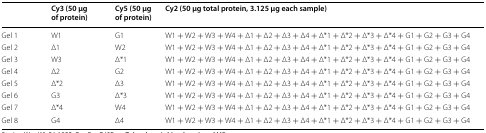
<table><thead><tr><td></td><td><b>Cy3 (50 μg of protein)</b></td><td><b>Cy5 (50 μg of protein)</b></td><td><b>Cy2 (50 μg total protein, 3.125 μg each sample)</b></td></tr></thead><tbody><tr><td>Gel 1</td><td>W1</td><td>G1</td><td>W1 + W2 + W3 + W4 + Δ1 + Δ2 + Δ3 + Δ4 + Δ*1 + Δ*2 + Δ*3 + Δ*4 + G1 + G2 + G3 + G4</td></tr><tr><td>Gel 2</td><td>Δ1</td><td>W2</td><td>W1 + W2 + W3 + W4 + Δ1 + Δ2 + Δ3 + Δ4 + Δ*1 + Δ*2 + Δ*3 + Δ*4 + G1 + G2 + G3 + G4</td></tr><tr><td>Gel 3</td><td>W3</td><td>Δ*1</td><td>W1 + W2 + W3 + W4 + Δ1 + Δ2 + Δ3 + Δ4 + Δ*1 + Δ*2 + Δ*3 + Δ*4 + G1 + G2 + G3 + G4</td></tr><tr><td>Gel 4</td><td>Δ2</td><td>G2</td><td>W1 + W2 + W3 + W4 + Δ1 + Δ2 + Δ3 + Δ4 + Δ*1 + Δ*2 + Δ*3 + Δ*4 + G1 + G2 + G3 + G4</td></tr><tr><td>Gel 5</td><td>Δ*2</td><td>Δ3</td><td>W1 + W2 + W3 + W4 + Δ1 + Δ2 + Δ3 + Δ4 + Δ*1 + Δ*2 + Δ*3 + Δ*4 + G1 + G2 + G3 + G4</td></tr><tr><td>Gel 6</td><td>G3</td><td>Δ*3</td><td>W1 + W2 + W3 + W4 + Δ1 + Δ2 + Δ3 + Δ4 + Δ*1 + Δ*2 + Δ*3 + Δ*4 + G1 + G2 + G3 + G4</td></tr><tr><td>Gel 7</td><td>Δ*4</td><td>W4</td><td>W1 + W2 + W3 + W4 + Δ1 + Δ2 + Δ3 + Δ4 + Δ*1 + Δ*2 + Δ*3 + Δ*4 + G1 + G2 + G3 + G4</td></tr><tr><td>Gel 8</td><td>G4</td><td>Δ4</td><td>W1 + W2 + W3 + W4 + Δ1 + Δ2 + Δ3 + Δ4 + Δ*1 + Δ*2 + Δ*3 + Δ*4 + G1 + G2 + G3 + G4</td></tr></tbody></table>